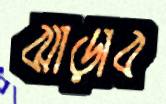
ঝাড়াব